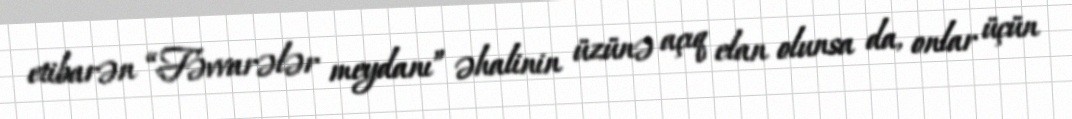
etibarən “Fəvvarələr meydanı” əhalinin üzünə açıq elan olunsa da, onlar üçün